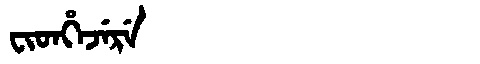
Manchu: ᠸᡳᡨᡥᡝᠵᡝᡵᡝ
Romanization: FITHEJERE